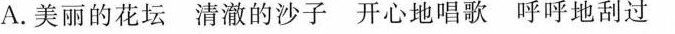
A.美丽的花坛 清澈的沙子 开心地唱歌 呼呼地刮过